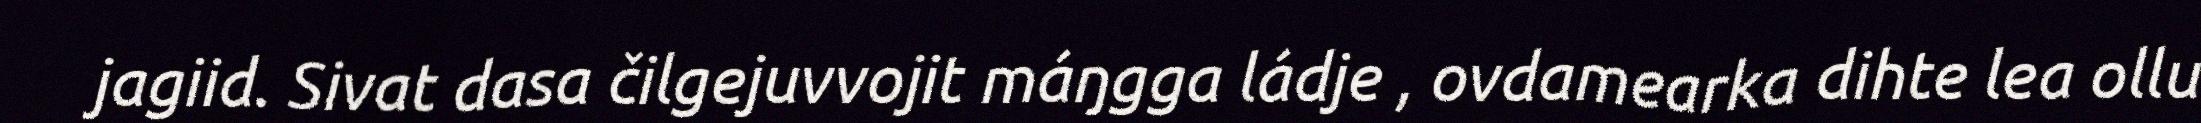
jagiid. Sivat dasa čilgejuvvojit máŋgga ládje , ovdamearka dihte lea ollu